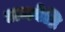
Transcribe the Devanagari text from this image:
अन्त्येष्ठि